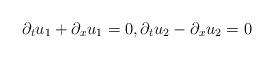
LaTeX: \begin{align*}\partial_tu_1+\partial_xu_1=0,\partial_tu_2-\partial_xu_2=0\end{align*}